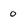
Character: o